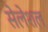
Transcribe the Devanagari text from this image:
सेलेशल